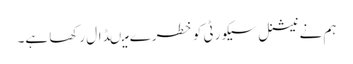
ہم نے نیشنل سیکورٹی کو خطرے میںڈال رکھا ہے۔